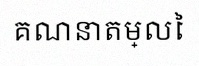
គណនាតម្លៃ